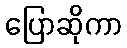
ပြောဆိုကာ